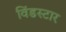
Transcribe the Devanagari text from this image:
विंडस्टार